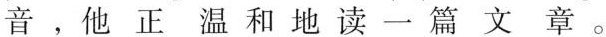
音，他正温和地读一篇文章。